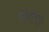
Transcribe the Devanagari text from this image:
डॉर्ट्मुंड